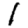
Digit: 1